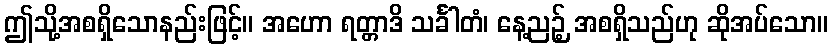
ဤသို့အစရှိသောနည်းဖြင့်။ အဟော ရတ္တာဒိ သင်္ခါတံ၊ နေ့ညဉ့် အစရှိသည်ဟု ဆိုအပ်သော။